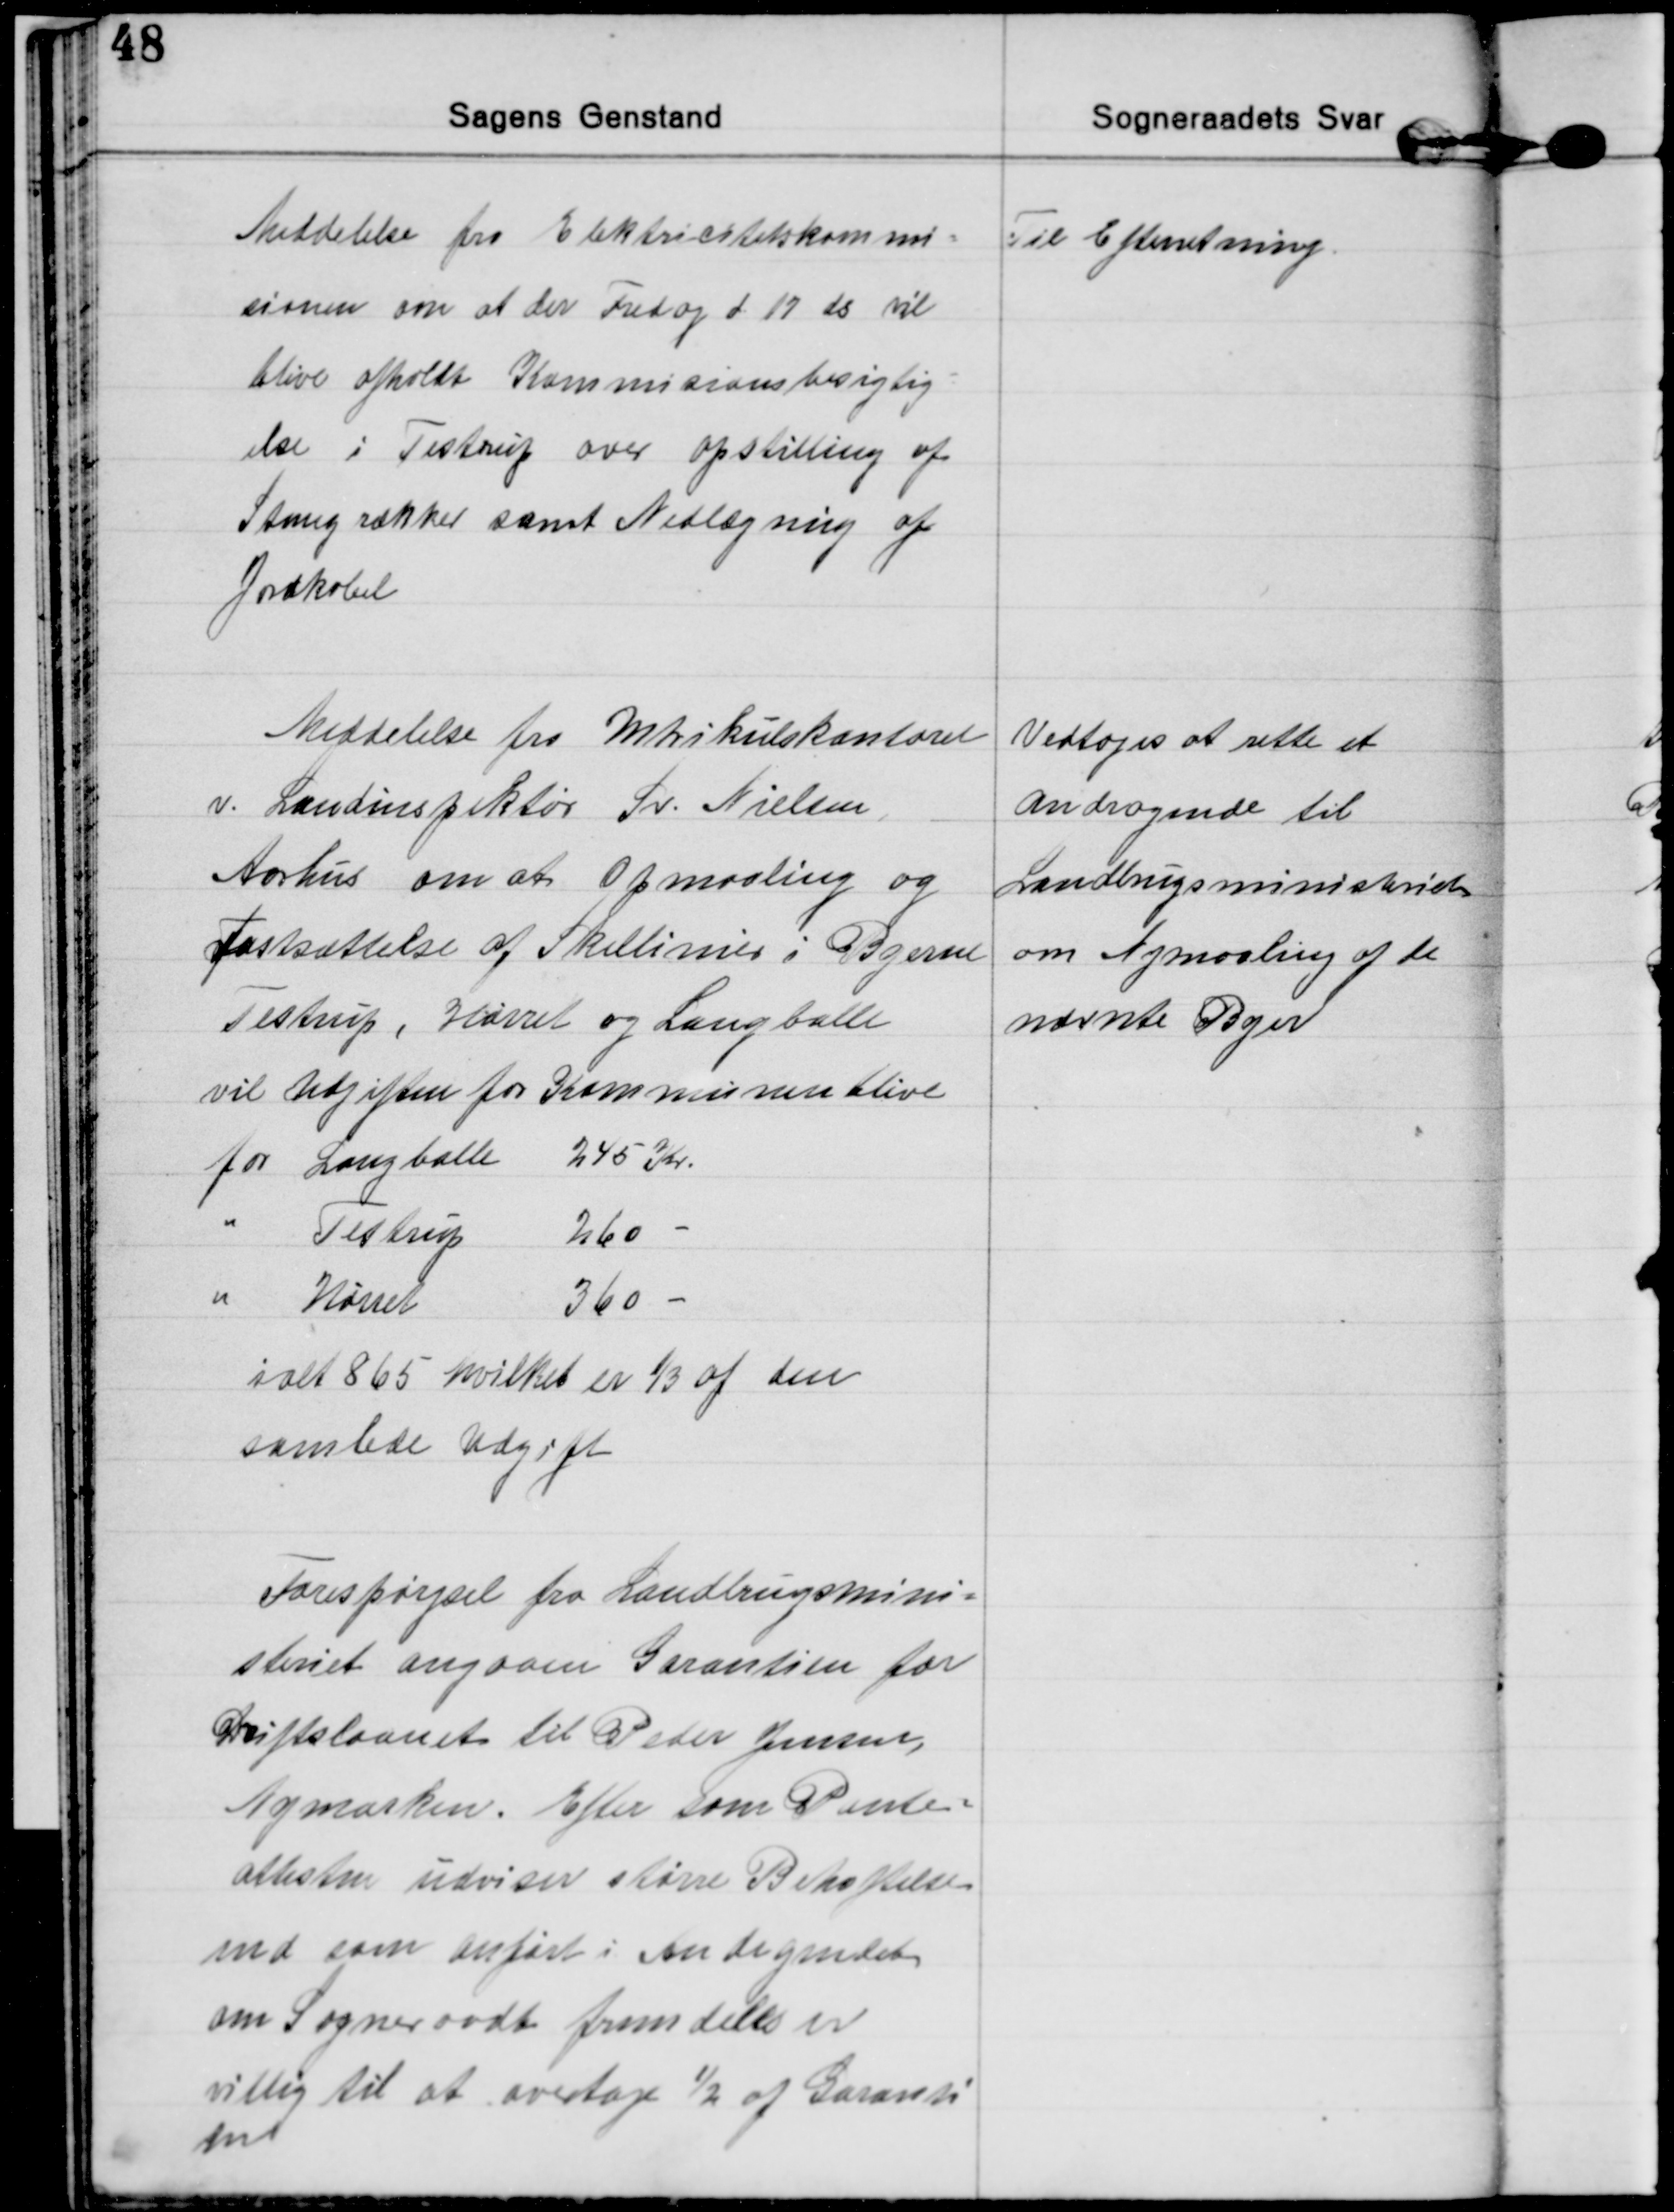
Transskription:
Meddelelse fra Elektricitetskommi=
sionen om at der Fredag d 17 ds vil
blive afholdt Kommisionsbesigtig=
else i Testrup over opstilling af
Stangrækker samt Nedlægning af
Jordkabel
Til Efterretning.

Meddelelse fra Matrikulskontoret
v. Landinspektør Sv. Nielsen
Aarhus om at Opmaaling og
Fastsættelse af Skellinier i Byerne
Testrup, Hørret og Langballe
vil Udgiften for Kommunen blive
for Langballe 
245 Kr.
Testrup 
260
Hørret 
360 
ialt 865 hvilket er ⅓ af den 
samlede Udgift
Vedtoges at rette et
andragende til
Landbrugsministeriet
om Nymaaling af de
nævnte Byer

Forespørgsel fra Landbrugsmini=
steriet angaaen Garantien for
Driftslaanet til Peter Jensen,
Nymarken. Efter som Pante=
attesten udviser større Behæftelse
end som anført i Andragendet
om Sogneraadet fremdeles er
villig til at overtage ½ af Garanti
en